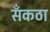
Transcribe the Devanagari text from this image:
सँकठा